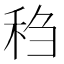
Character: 𫀬